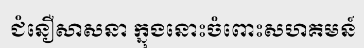
ជំនឿសាសនា ក្នុងនោះចំពោះសហគមន៍